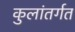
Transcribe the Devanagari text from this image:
कुलांतर्गत